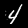
Digit: 4